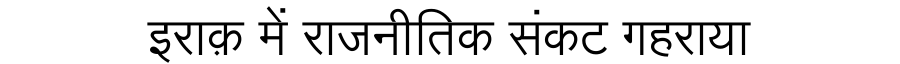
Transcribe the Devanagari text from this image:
इराक़ में राजनीतिक संकट गहराया